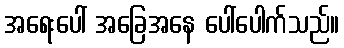
အရေးပေါ် အခြေအနေ ပေါ်ပေါက်သည်။